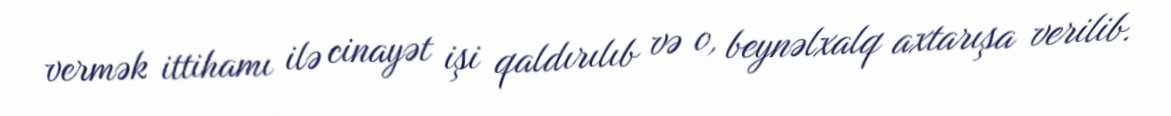
vermək ittihamı ilə cinayət işi qaldırılıb və o, beynəlxalq axtarışa verilib.